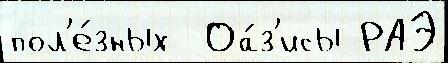
пол'е́зных  Оа́з'исы РАЭ